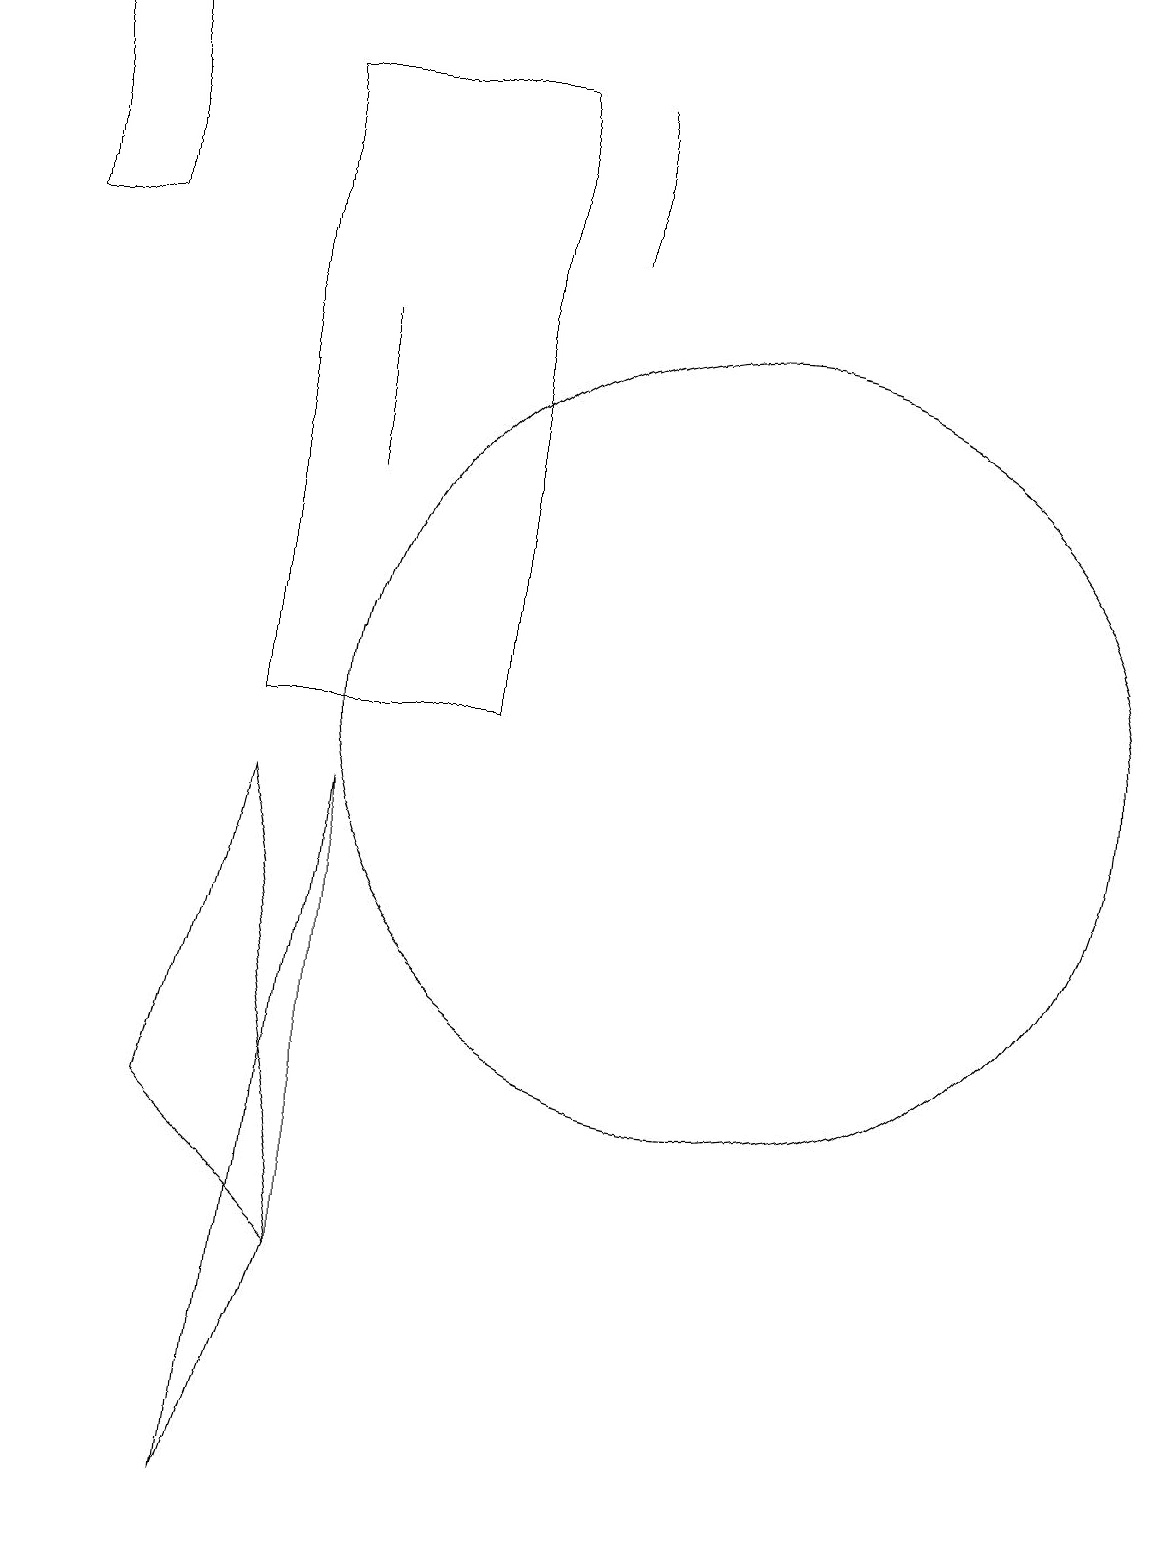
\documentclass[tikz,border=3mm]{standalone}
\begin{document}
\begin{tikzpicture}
\draw (5,9) -- (5,3) -- (4,0) -- cycle;
\draw (5,15) rectangle (5,13);
\draw (10,10) circle (5);
\draw (8,18) rectangle (8,16);
\draw (5,3) -- (3,5) -- (4,9) -- cycle;
\draw (2,16) rectangle (1,19);
\draw (4,10) rectangle (7,18);
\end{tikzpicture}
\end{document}